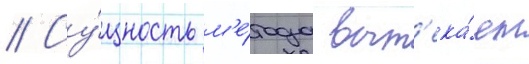
// Су́щность м'е́тода выт'ека́ет